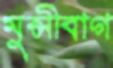
মুন্সীবাগ